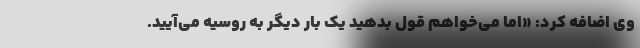
وی اضافه کرد: «اما می‌خواهم قول بدهید یک بار دیگر به روسیه می‌آیید.